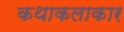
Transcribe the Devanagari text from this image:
कथाकलाकार